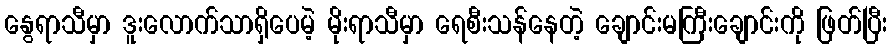
နွေရာသီမှာ ဒူးလောက်သာရှိပေမဲ့ မိုးရာသီမှာ ရေစီးသန်နေတဲ့ ချောင်းမကြီးချောင်းကို ဖြတ်ပြီး